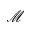
\mathcal { M }